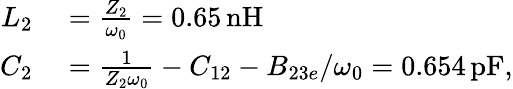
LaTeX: \begin{array}{rl}{L_{2}}&{{}=\frac{Z_{2}}{\omega_{0}}=0.65\, \mathrm{nH}}\\ {C_{2}}&{{}=\frac{1}{Z_{2}\omega_{0}}-C_{12}-B_{23e}/\omega_{0}=0.654\, \mathrm{pF},}\end{array}